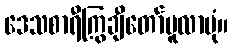
ဒေသစာရီကြွချီတော်မူလာပုံ။